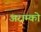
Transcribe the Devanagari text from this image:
अराम्को